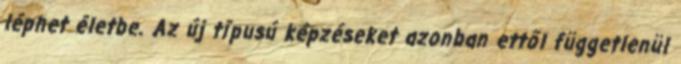
léphet életbe. Az új típusú képzéseket azonban ettől függetlenül